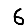
Digit: 6